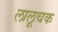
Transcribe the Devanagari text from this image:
लालूचक